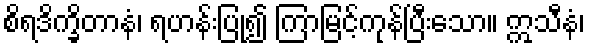
စိရဒိက္ခိတာနံ၊ ရဟန်းပြု၍ ကြာမြင့်ကုန်ပြီးသော။ ဣသီနံ၊